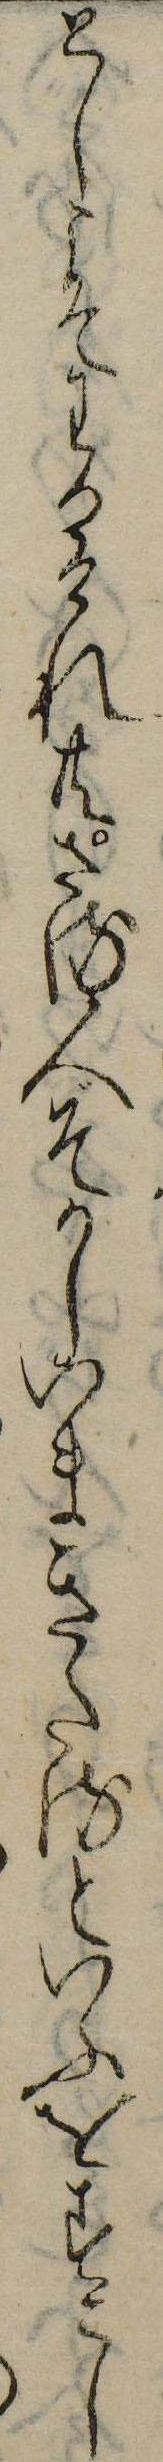
としこそわかけれ共さる人ぞかしいまきたるといふをすこし